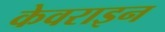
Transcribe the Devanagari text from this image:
केवराइन